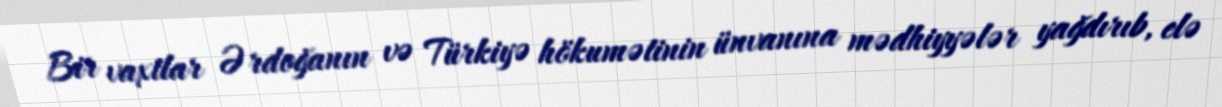
Bir vaxtlar Ərdoğanın və Türkiyə hökumətinin ünvanına mədhiyyələr yağdırıb, elə